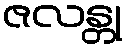
ဇလန္တု